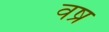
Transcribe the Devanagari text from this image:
वष्र